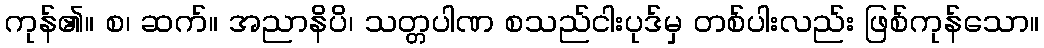
ကုန်၏။ စ၊ ဆက်။ အညာနိပိ၊ သတ္တပါဏ စသည်ငါးပုဒ်မှ တစ်ပါးလည်း ဖြစ်ကုန်သော။